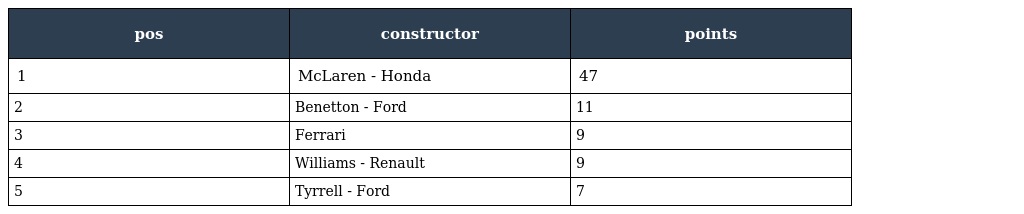
| pos | constructor | points |
 | --- | --- | --- |
 | 1 | McLaren - Honda | 47 |
 | 2 | Benetton - Ford | 11 |
 | 3 | Ferrari | 9 |
 | 4 | Williams - Renault | 9 |
 | 5 | Tyrrell - Ford | 7 |